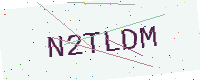
Text: N2TLDM